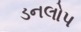
ડનલોપ